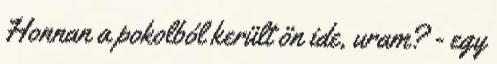
Honnan a pokolból került ön ide, uram? - egy